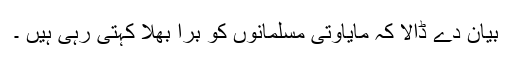
بیان دے ڈالا کہ مایاوتی مسلمانوں کو برا بھلا کہتی رہی ہیں ۔